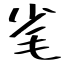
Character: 毟